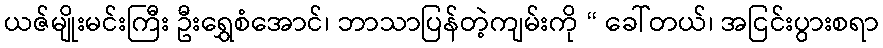
ယဇ်မျိုးမင်းကြီး ဦးရွှေစံအောင်၊ ဘာသာပြန်တဲ့ကျမ်းကို “ ခေါ်တယ်၊ အငြင်းပွားစရာ